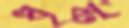
ধৃষ্ট